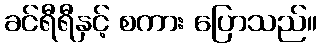
ခင်ရီရီနှင့် စကား ပြောသည်။